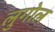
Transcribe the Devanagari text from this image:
लुगोल